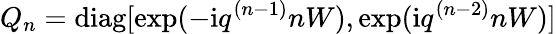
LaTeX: Q_{n}=\mathrm{diag}[\exp(-\mathrm{i}q^{(n-1)}nW),\exp(\mathrm{i}q^{(n-2)}nW)]